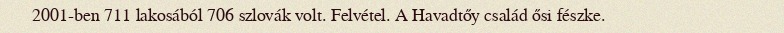
2001-ben 711 lakosából 706 szlovák volt. Felvétel. A Havadtőy család ősi fészke.